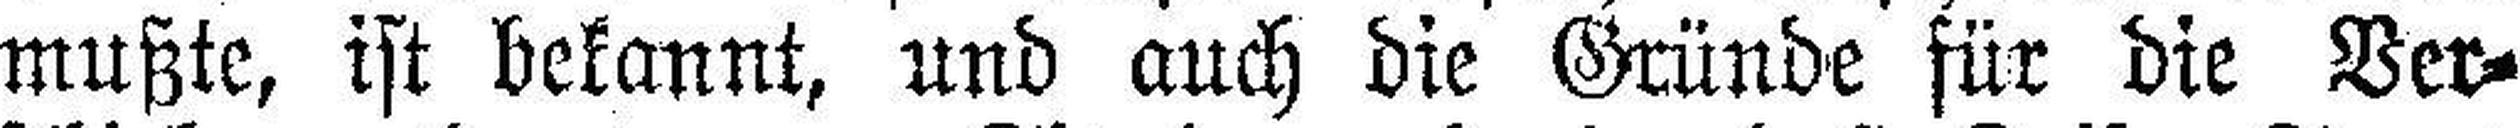
mußte, ist bekannt, und auch die Gründe für die Ver¬